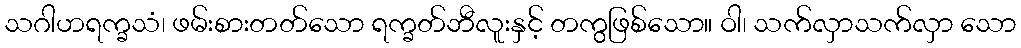
သဂါဟရက္ခသံ၊ ဖမ်းစားတတ်သော ရက္ခတ်ဘီလူးနှင့် တကွဖြစ်သော။ ဝါ၊ သက်လှာသက်လှာ သော